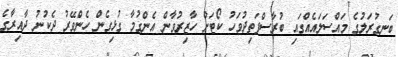
ބަނގުރަލުގެ މައްސަލައެއްގައި ބުރާސްފަތިދުވަހު ކޯޓަށް ހާޒިރުވާން އެންގުމާ ގުޅިގެން ހެންވޭރު ދެކުނު ދާއިރާގެ